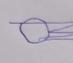
Signature authenticity: forged